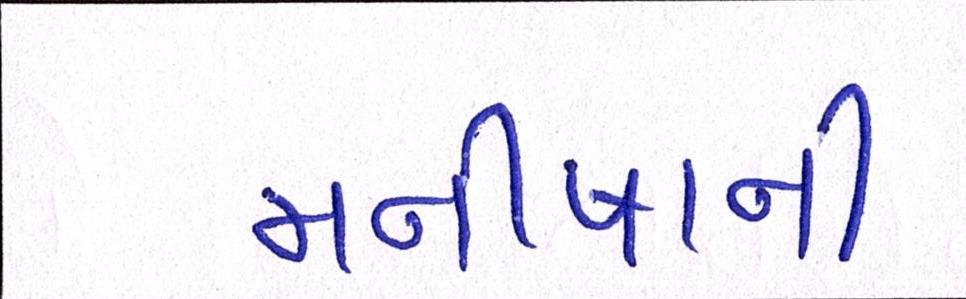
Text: મનીષાની